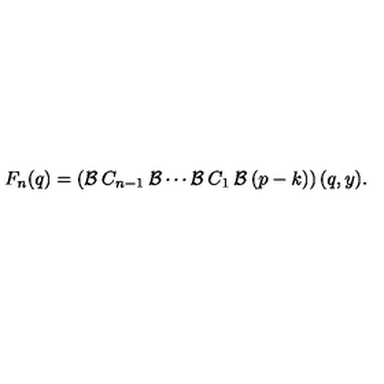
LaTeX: F _ { n } ( q ) = \left( { \cal { B } } \: C _ { n - 1 } \: { \cal { B } } \cdots { \cal { B } } \: C _ { 1 } \: { \cal { B } } \: ( p - k ) \right) ( q , y ) .